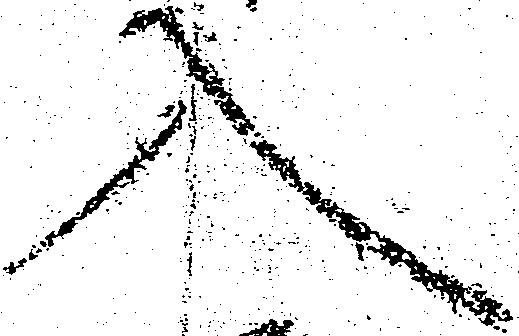
入